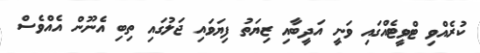
ކުރެއްވި ޓްވީޓެއްގައި ވަނީ އަދީބާއި ޒިޔަތު ފިޔަވައި ޖަލުގައި ތިބި އެނޫން އެއްވެސް